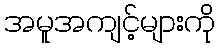
အမူအကျင့်များကို